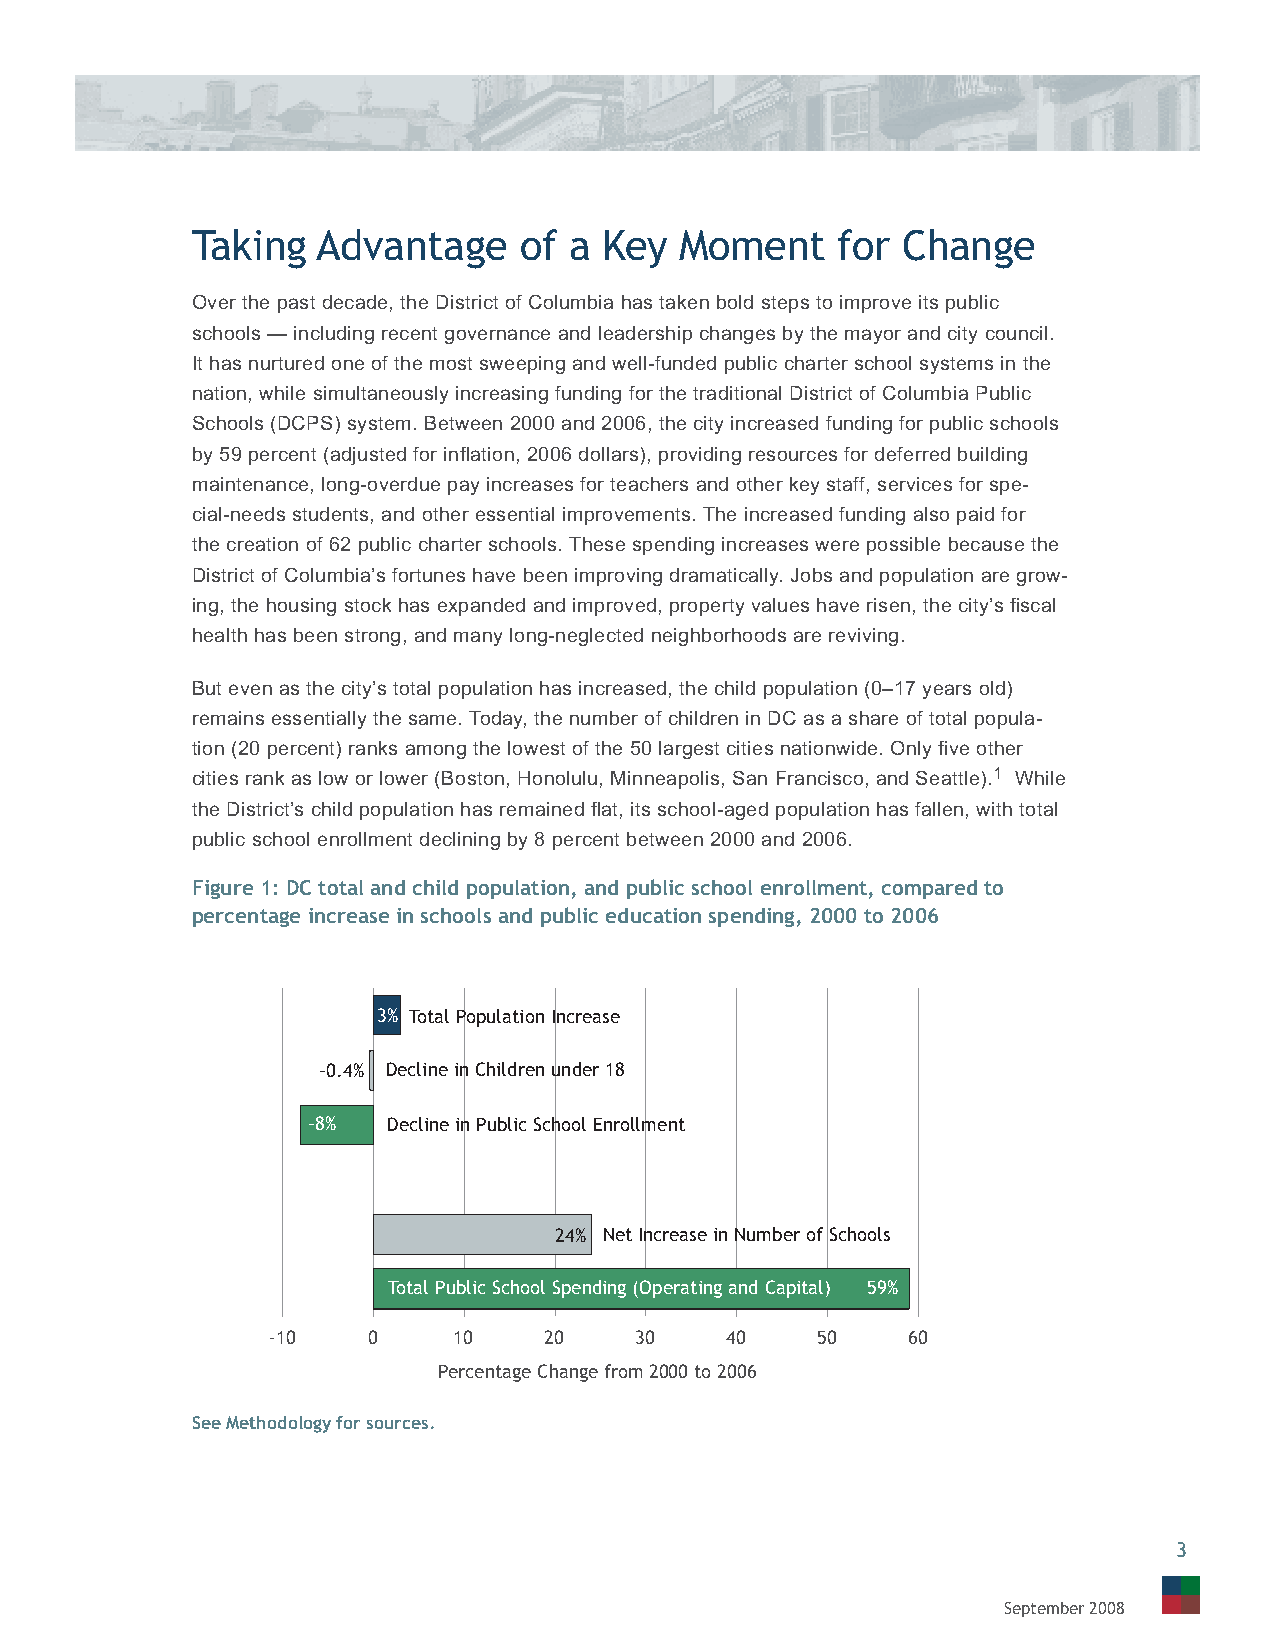
Taking  Advantage    of  a Key  Moment    for  Change
 Over the past decade, the District of Columbia has taken bold steps to improve its public
 schools — including recent governance and leadership changes by the mayor and city council.
 It has nurtured one of the most sweeping and well-funded public charter school systems in the
 nation, while simultaneously increasing funding for the traditional District of Columbia Public
 Schools (DCPS) system. Between 2000 and 2006, the city increased funding for public schools
 by 59 percent (adjusted for infl ation, 2006 dollars), providing resources for deferred building
 maintenance, long-overdue pay increases for teachers and other key staff, services for spe-
 cial-needs students, and other essential improvements. The increased funding also paid for
 the creation of 62 public charter schools. These spending increases were possible because the
 District of Columbia’s fortunes have been improving dramatically. Jobs and population are grow-
 ing, the housing stock has expanded and improved, property values have risen, the city’s fi scal
 health has been strong, and many long-neglected neighborhoods are reviving.
 But even as the city’s total population has increased, the child population (0–17 years old)
 remains essentially the same. Today, the number of children in DC as a share of total popula-
 tion (20 percent) ranks among the lowest of the 50 largest cities nationwide. Only fi ve other
 cities rank as low or lower (Boston, Honolulu, Minneapolis, San Francisco, and Seattle).1 While
 the District’s child population has remained fl at, its school-aged population has fallen, with total
 public school enrollment declining by 8 percent between 2000 and 2006.
 Figure 1: DC total and child population, and public school enrollment, compared to
 percentage increase in schools and public education spending, 2000 to 2006
 3% Total Population Increase
 –0.4% Decline in Children under 18
 –8%   Decline in Public School Enrollment
 24% Net Increase in Number of Schools
 Total Public School Spending (Operating and Capital) 59%
 -10   0     10    20    30    40    50    60
 Percentage Change from 2000 to 2006
 See Methodology for sources.
 3
 September 2008